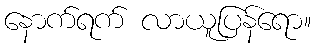
နောက်ရက် လာယူပြန်ရော။